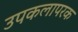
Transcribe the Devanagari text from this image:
उपकलापरक